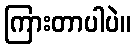
ကြားတာပါပဲ။